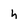
Character: h